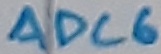
Text: ADC6